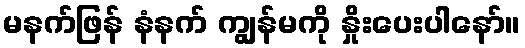
မနက်ဖြန် နံနက် ကျွန်မကို နှိုးပေးပါနော်။